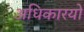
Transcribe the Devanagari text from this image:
अधिकारयों